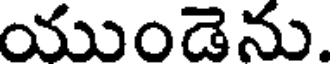
యుండెను.